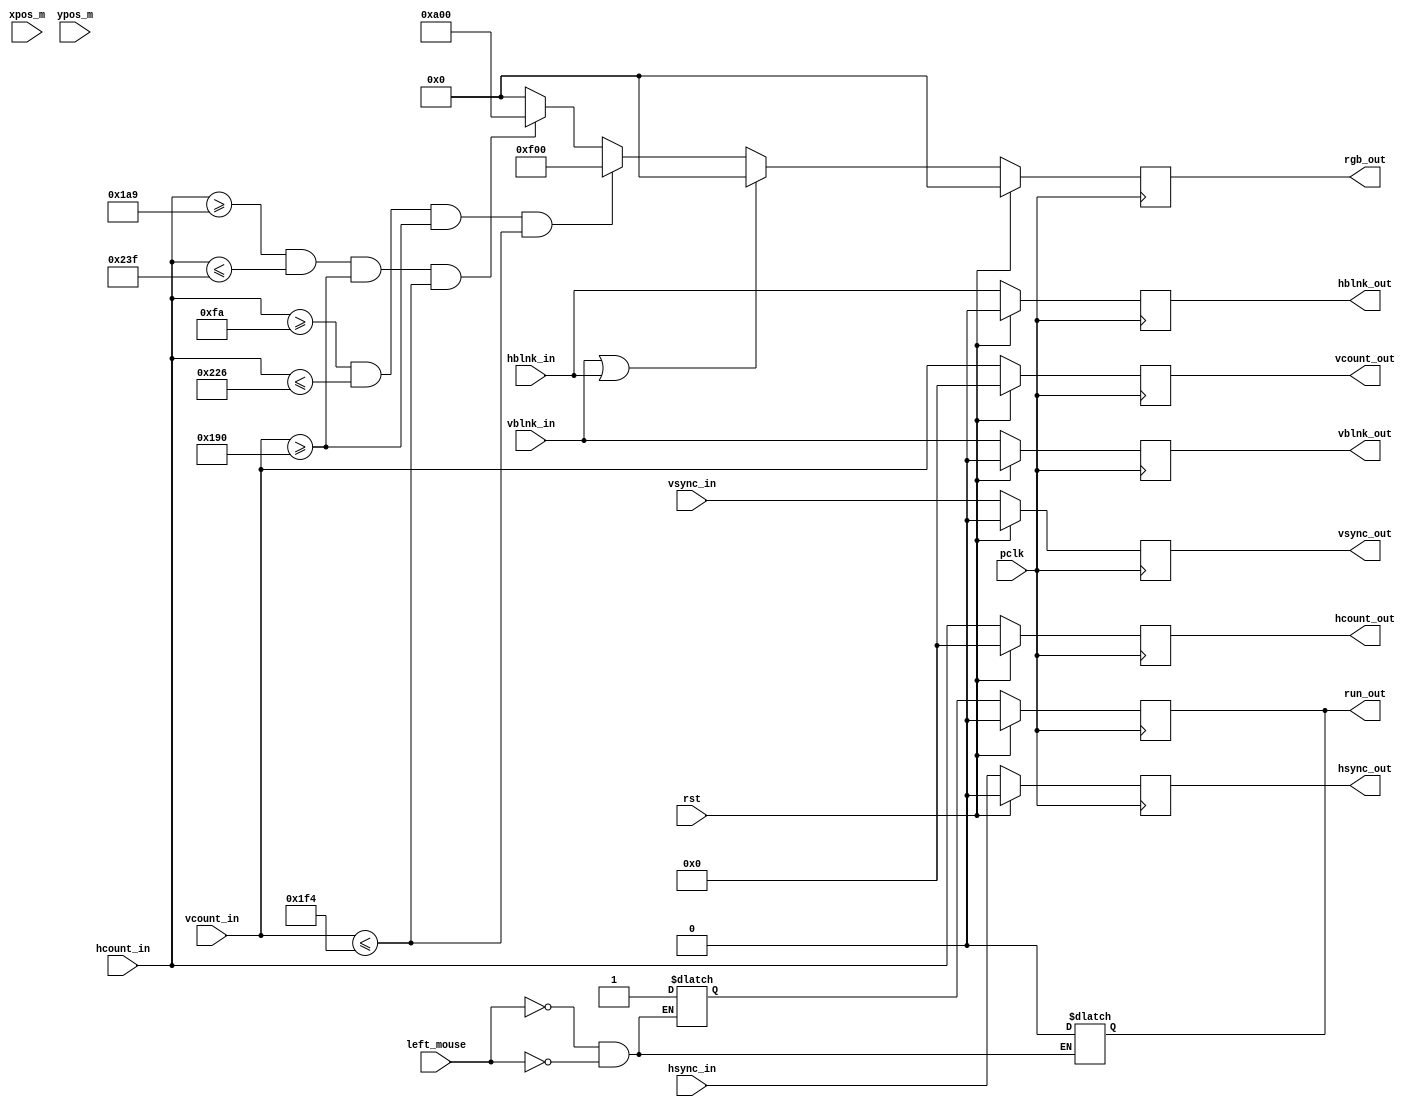
`timescale 1ns / 1ps
//////////////////////////////////////////////////////////////////////////////////
// Company: 
// Engineer: 
// 
// Design Name: 
// Module Name: draw_start_menu
// Project Name: 
// Target Devices: 
// Tool Versions: 
// Description: 
// 
// Dependencies: 
// 
// Revision:
// Revision 0.01 - File Created
// Additional Comments:
// 
//////////////////////////////////////////////////////////////////////////////////


module draw_start_menu(
  input wire [10:0] vcount_in,
  input wire vsync_in,
  input wire vblnk_in,
  input wire [10:0] hcount_in,
  input wire hsync_in,
  input wire hblnk_in,
  input wire pclk,
  input wire rst,  
  input wire [11:0] xpos_m,
  input wire [11:0] ypos_m,
  input wire left_mouse,
  
  output reg [10:0] vcount_out,
  output reg vsync_out,
  output reg vblnk_out,
  output reg [10:0] hcount_out,
  output reg hsync_out,
  output reg hblnk_out,
  output reg [11:0] rgb_out,
  output reg run_out
    );
    
    localparam  START_BTN_COLOR = 12'hf_0_0,
                START_LIGHT_COLOR = 12'hf_1_0,
                BACK_COLOR = 12'h0_0_0,
                ARROW_COLOR = 12'ha_0_0;
    
  reg [11:0] rgb_out_nxt;
  reg run_nxt, pushed=0;
  
         
    always @(posedge pclk)
      begin
          if(rst)
              begin
                  vcount_out <= 0;
                  hcount_out <= 0;
                  
                  vsync_out <= 0;
                  vblnk_out <= 0;
                  hsync_out <= 0;
                  hblnk_out <= 0;
                  
                  rgb_out <= 0;
                  run_out <= 0;
              end
          else
              begin
                  vcount_out <= vcount_in;
                  hcount_out <= hcount_in;
                  
                  vsync_out <= vsync_in;
                  vblnk_out <= vblnk_in;                
                  hsync_out <= hsync_in;
                  hblnk_out <= hblnk_in;
                  
                  rgb_out <= rgb_out_nxt;
                  run_out <= run_nxt;
              end
      end
      
  always @*
    begin
        if(xpos_m >= 250 && xpos_m <= 550 && xpos_m >= 400 && xpos_m <= 500) 
        begin
            pushed = !left_mouse;            
            if(hcount_in >= 250 && hcount_in <= 550 && vcount_in >= 400 && vcount_in <= 500)rgb_out_nxt = START_LIGHT_COLOR;
            else rgb_out_nxt = rgb_out;
        end
        
        if(pushed == 1 && left_mouse == 0) run_nxt = 1;
        else run_out = 0;
        
        if (vblnk_in || hblnk_in) rgb_out_nxt = BACK_COLOR; 
        else
        begin
        if(hcount_in >= 250 && hcount_in <= 550 && vcount_in >= 400 && vcount_in <= 500) rgb_out_nxt = START_BTN_COLOR; 
        else if(hcount_in >= 425 && hcount_in <= 575 && vcount_in >= 400 && vcount_in <= 500) rgb_out_nxt = ARROW_COLOR;
        else rgb_out_nxt <= BACK_COLOR;          
       end
   
    end   
endmodule